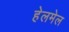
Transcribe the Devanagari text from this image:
हेलमेल